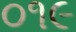
૦૧૯